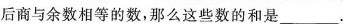
后商与余数相等的数，那么这些数的和是___。